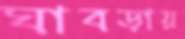
ঘাবড়ায়